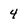
Character: 4